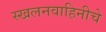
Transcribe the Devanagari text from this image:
स्खलनवाहिनीचे